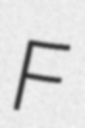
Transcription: F